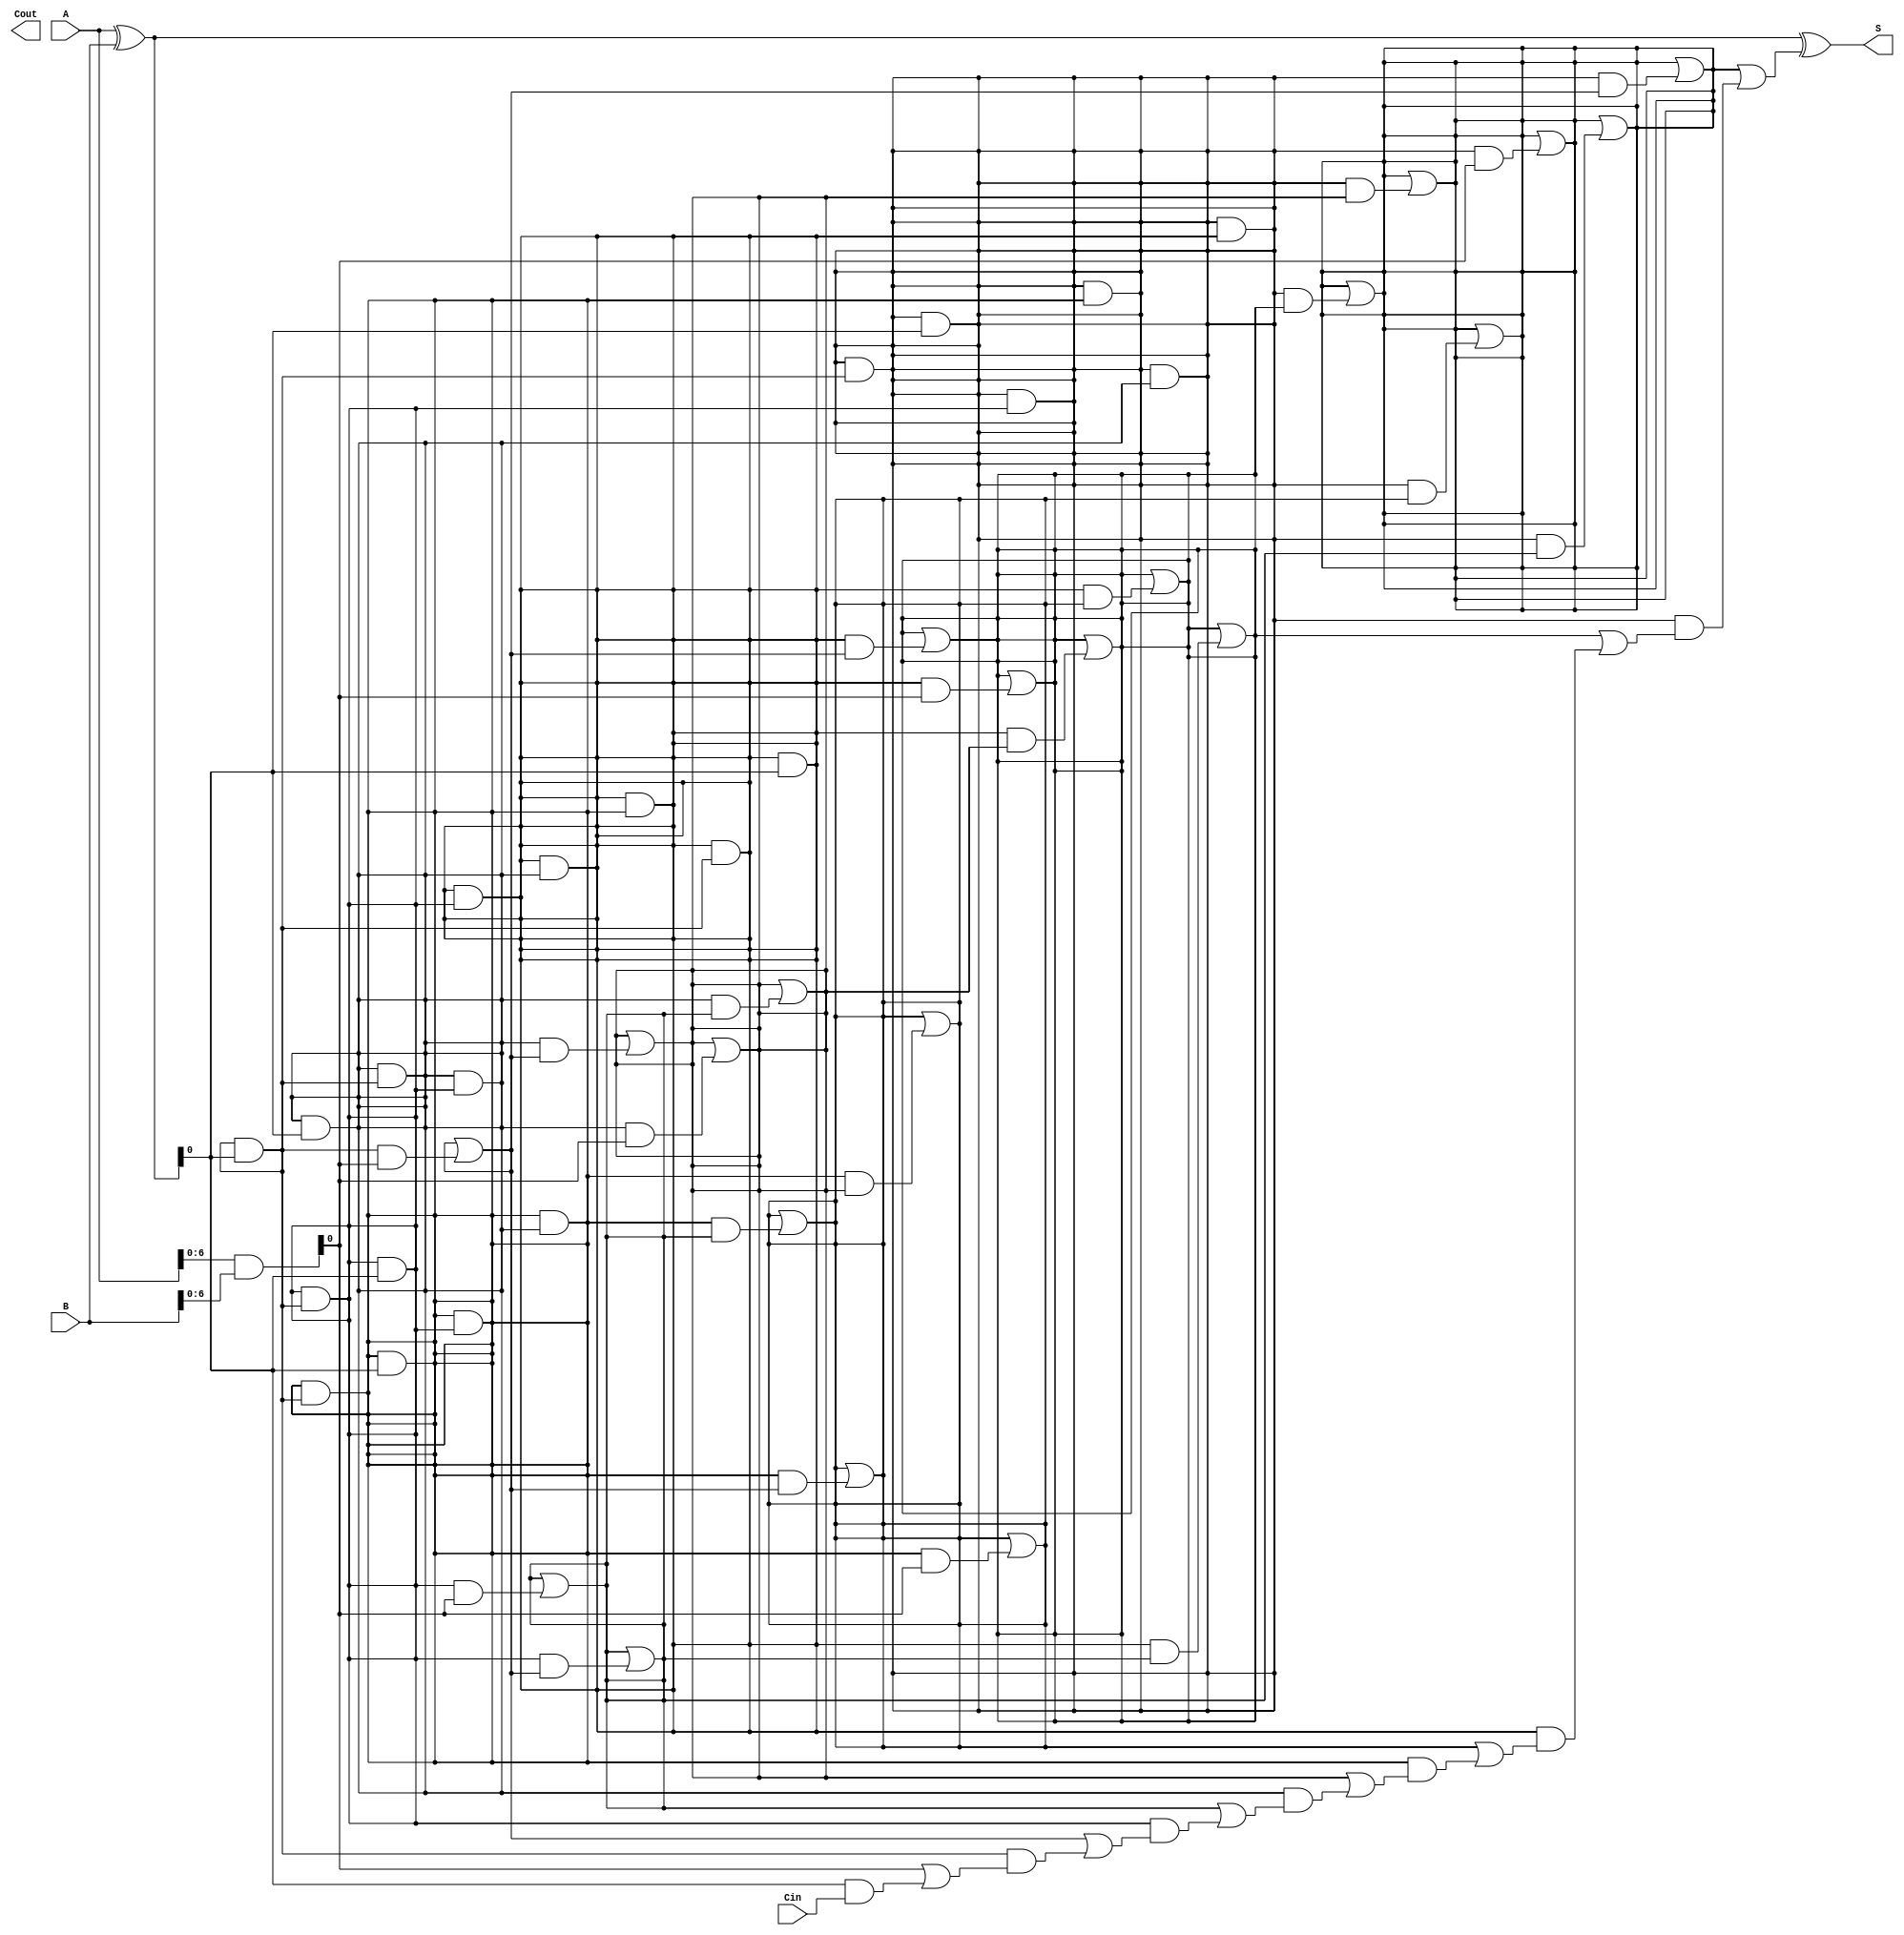
module ParallelPrefixAdder #(
    parameter N = 8  // Bit width of the adder
)(
    input  [N-1:0] A,      // First operand
    input  [N-1:0] B,      // Second operand
    input         Cin,      // Carry-in
    output [N-1:0] S,      // Sum output
    output        Cout      // Carry-out
);

    // Generate and Propagate signals
    wire [N-1:0] G; // Generate
    wire [N-1:0] P; // Propagate
    wire [N:0] C;    // Carry signals

    // Generate and Propagate calculations
    assign G = A & B;           // G[i] = A[i] AND B[i]
    assign P = A ^ B;           // P[i] = A[i] XOR B[i]

    // Carry computation using Kogge-Stone prefix network
    genvar i, j;
    generate
        // Level 1
        assign C[0] = Cin; // C[0] = Cin
        for (i = 0; i < N; i = i + 1) begin
            if (i > 0) begin
                assign C[i] = G[i-1] | (P[i-1] & C[i-1]); // C[i] = G[i-1] OR (P[i-1] AND C[i-1])
            end
        end

        // Level 2 and beyond
        for (i = 0; i < N; i = i + 1) begin
            for (j = 0; j < i; j = j + 1) begin
                if (j < N) begin
                    assign G[i] = G[i] | (P[i] & G[j]); // G[i] = G[i] OR (P[i] AND G[j])
                    assign P[i] = P[i] & P[j];         // P[i] = P[i] AND P[j]
                end
            end
        end
    endgenerate

    // Sum calculation
    assign S = A ^ B ^ C[N-1]; // S[i] = A[i] XOR B[i] XOR C[i]

    // Final carry-out
    assign Cout = C[N]; // Cout = C[N]

endmodule